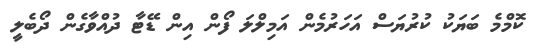
ކޮމްމެ ބަޔަކު ކުރުޔަސް އަހަރުމެން އަމިލްލަ ފޯން އިން ޑޭޓާ ދުއްވާގެން ދޯބެލީ